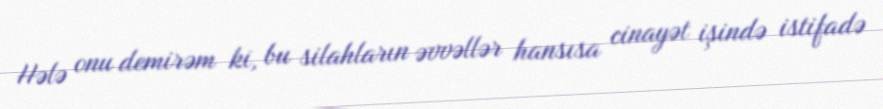
Hələ onu demirəm ki, bu silahların əvvəllər hansısa cinayət işində istifadə